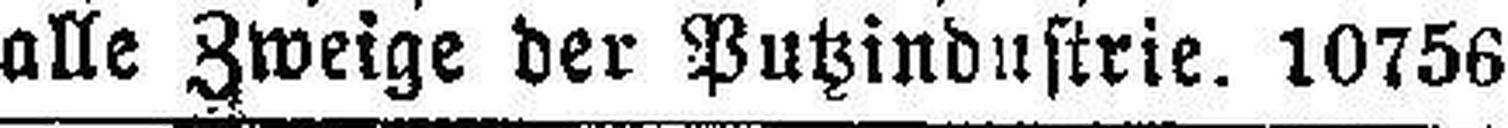
alle Zweige der Putzindustrie. 10756